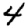
Digit: 4